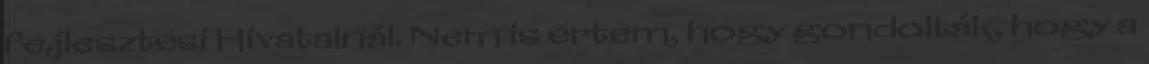
fejlesztési Hivatalnál. Nem is értem, hogy gondolták, hogy a